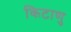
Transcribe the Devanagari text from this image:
किटाणु